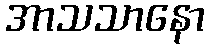
အာသသာနော